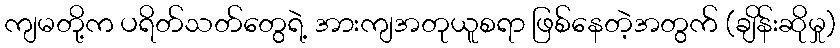
ကျမတို့က ပရိတ်သတ်တွေရဲ့ အားကျအတုယူစရာ ဖြစ်နေတဲ့အတွက် (ချိန်းဆိုမှု)